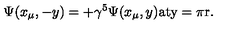
\Psi ( x _ { \mu } , - y ) = + \gamma ^ { 5 } \Psi ( x _ { \mu } , y ) \mathrm { a t y = \pi r } .